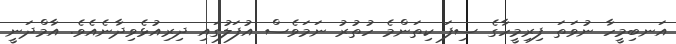
އަނބިމީހާ ނުވަތަ ފިރިމީހާގެ ސިފަ ކިތަންމެ ހުތުރު ނަމަވެސް އުފަލުގައި ދިރިއުޅެވިދާނެއެވެ. އާމްދަނީ